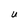
Character: U